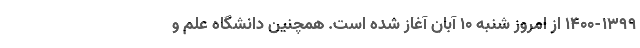
۱۴۰۰-۱۳۹۹ از امروز شنبه ۱۰ آبان آغاز شده است. همچنین دانشگاه علم و